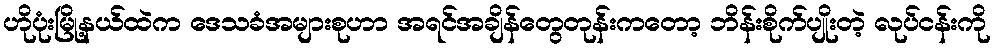
ဟိုပုံးမြို့နယ်ထဲက ဒေသခံအများစုဟာ အရင်အချိန်တွေတုန်းကတော့ ဘိန်းစိုက်ပျိုးတဲ့ လုပ်ငန်းကို